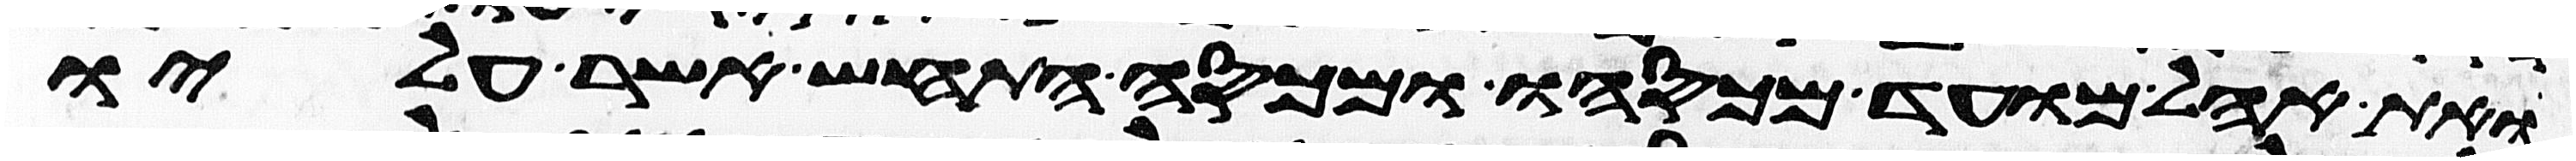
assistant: ואת אהל מועד מכסהו ומכסה התחש אשר עליו